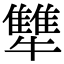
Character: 犨